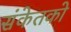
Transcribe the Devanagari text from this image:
संकेतको